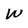
Character: W